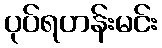
ပုပ်ရဟန်းမင်း